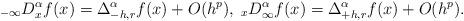
LaTeX: \begin{align*}\;_{-\infty} D_x^\alpha f(x) =\Delta_{-h,r}^\alpha f(x) + O(h^p),\;_x D_\infty^\alpha f(x) =\Delta_{+h,r}^\alpha f(x) + O(h^p).\end{align*}